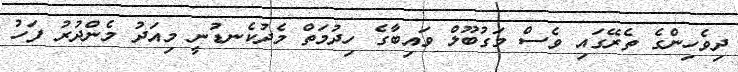
ދިވެހިންގެ ތެރޭގައި ވެސް މަގުބޫލް ވައިބާގެ ހިދުމަތް މެދުކެނޑުނީ މިއަދު މެންދުރު ފަހު